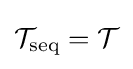
{\mathcal {T}}_{\text{seq}}={\mathcal {T}}